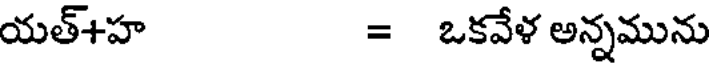
యత్+హ = ఒకవేళ అన్నమును